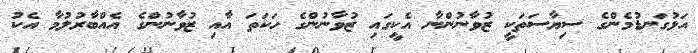
އަޅުގަނޑުމެންގެ ސިޔާސަތަކީ ޒުވާނުންނާ އެކީގައި ޒުވާނުންގެ ހަކަތަ އާއި ޒުވާނުންގެ އެއްބާރުލުމާ އެކު